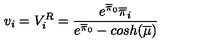
v _ { i } = V _ { i } ^ { R } = \frac { { e ^ { \overline { { \pi } } _ { 0 } } \overline { { \pi } } _ { i } } } { e ^ { \overline { { \pi } } _ { 0 } } - c o s h ( \overline { { \mu } } ) }